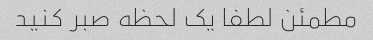
مطمئن لطفا یک لحظه صبر کنید